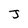
Character: J